Annual administration report of the Civil Veterinary Department of India - 1892-1893
Year: 1892
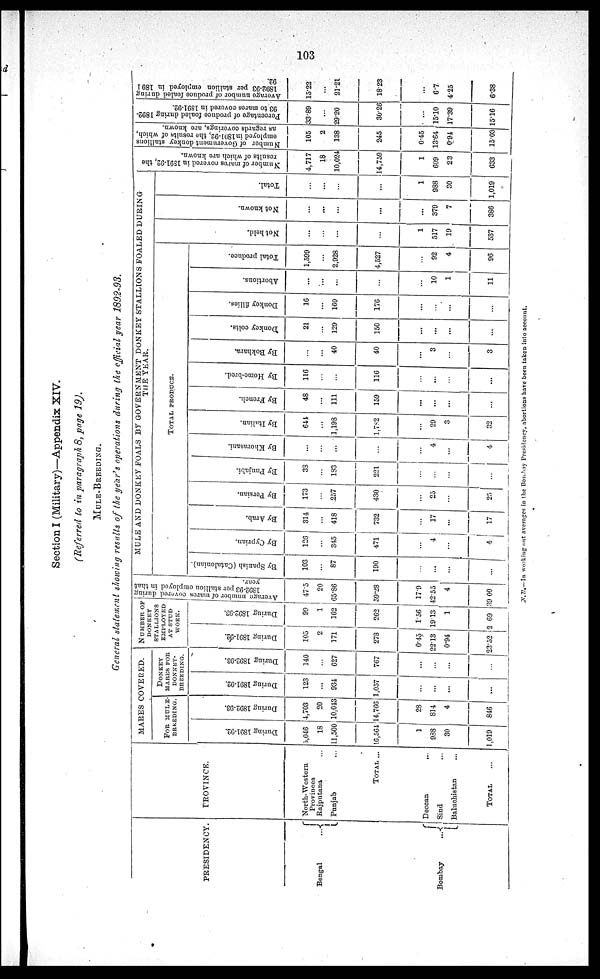
103
Section I (Military)—Appendix XIV.
(Referred to in paragraph 8, page 19).
MULE-BREEDING.
General statement showing results of the year's operations during the official year 1892-93.
PRESIDENCY.
Bengal
...
Bombay
...
PROVINCE.
North-Western
Provinces
Rajputana ...
Punjab ...
TOTAL ...
Deccan
...
Sind ...
Baluchistan ...
TOTAL ...
MARES COVERED.
FOR
MULE¬
BREEDING.
During 1891-92.
5,046
18
11,500
16,564
1
988
30
1,019
During 1892-93.
4,703
20
10,043
14,766
28
814
4
846
DONKEY
MARES FOR
DONKEY¬
BREEDING.
During 1891-92.
123
...
934
1,057
...
...
...
...
During 1892-93.
140
...
627
767
...
...
...
...
NUMBER OF
DONKEY
STALLION
EMPLOYED
AT STUD
WORK.
During 1891-92.
105
2
171
278
0.45
22.13
0.94
23.52
During 1892-93.
99
1
162
262
1.56
19.13
1
2.69
Average number of mares covered during
1892-93
per stallion employed in that
year.
47.5
20
65.86
59.28
17.9
42.55
4
39.00
MULE AND DONKEY FOALS BY GOVERNMENT DONKEY STALLIONS FOALED DURING
THE YEAR.
TOTAL
PRODUCE.
By Spanish (Catalonian).
103
...
87
190
...
...
...
...
By Cyprian.
126
...
345
471
...
4
...
5
By Arab.
314
...
418
732
...
17
...
17
By Persian.
173
...
257
430
...
25
...
25
By Punjabi.
33
...
183
221
...
...
...
...
By Khorasani.
...
...
...
...
...
4
...
4
By Italian.
644
...
1,198
1,782
...
29
3
32
By French.
48
...
111
159
...
...
...
...
By Home-bred.
116
...
...
116
...
...
...
...
By Bokhara.
...
...
40
40
...
3
...
3
Donkey colts.
21
...
129
150
...
...
...
...
Donkey fillies.
16
...
160
176
...
...
...
...
Abortions.
...
...
...
...
...
10
1
11
Total produce.
1,599
...
2,928
4,527
...
92
4
96
Not held.
...
...
...
...
1
517
19
537
Not known.
...
...
...
...
...
379
7
386
Total.
...
...
...
...
1
988
30
1,019
Number of mares
covered in 1891-92, the
results of which are known.
4,717
18
10,024
14,759
1
609
23
633
Number of Government donkey stallions
employed in 1891-92, the results of which,
as regards coverings, are known.
105
2
138
245
0.45
13.64
0.94
15.03
Percentage of produce foaled during 1892¬
93 to mares covered in 1891-92.
33.89
...
29.20
30.26
...
15.10
17.39
15.16
Average number of produce foaled during
1892-93
per stallion employed in 1891¬
92.
15.22
...
21.21
18.23
...
6.7
4.25
6.38
N.B.— In working out averages in the Bombay Presidency, abortions have been taken into account.